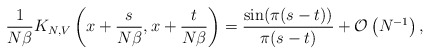
\begin{align*}\frac{1}{N \beta} K_{N,V} \left(x+ \frac{s}{N\beta}, x+ \frac{t}{N\beta}\right) = \frac{\sin(\pi(s-t))}{\pi (s-t)} +\mathcal{O}\left(N^{-1} \right),\end{align*}